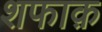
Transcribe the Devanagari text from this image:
शफाक़